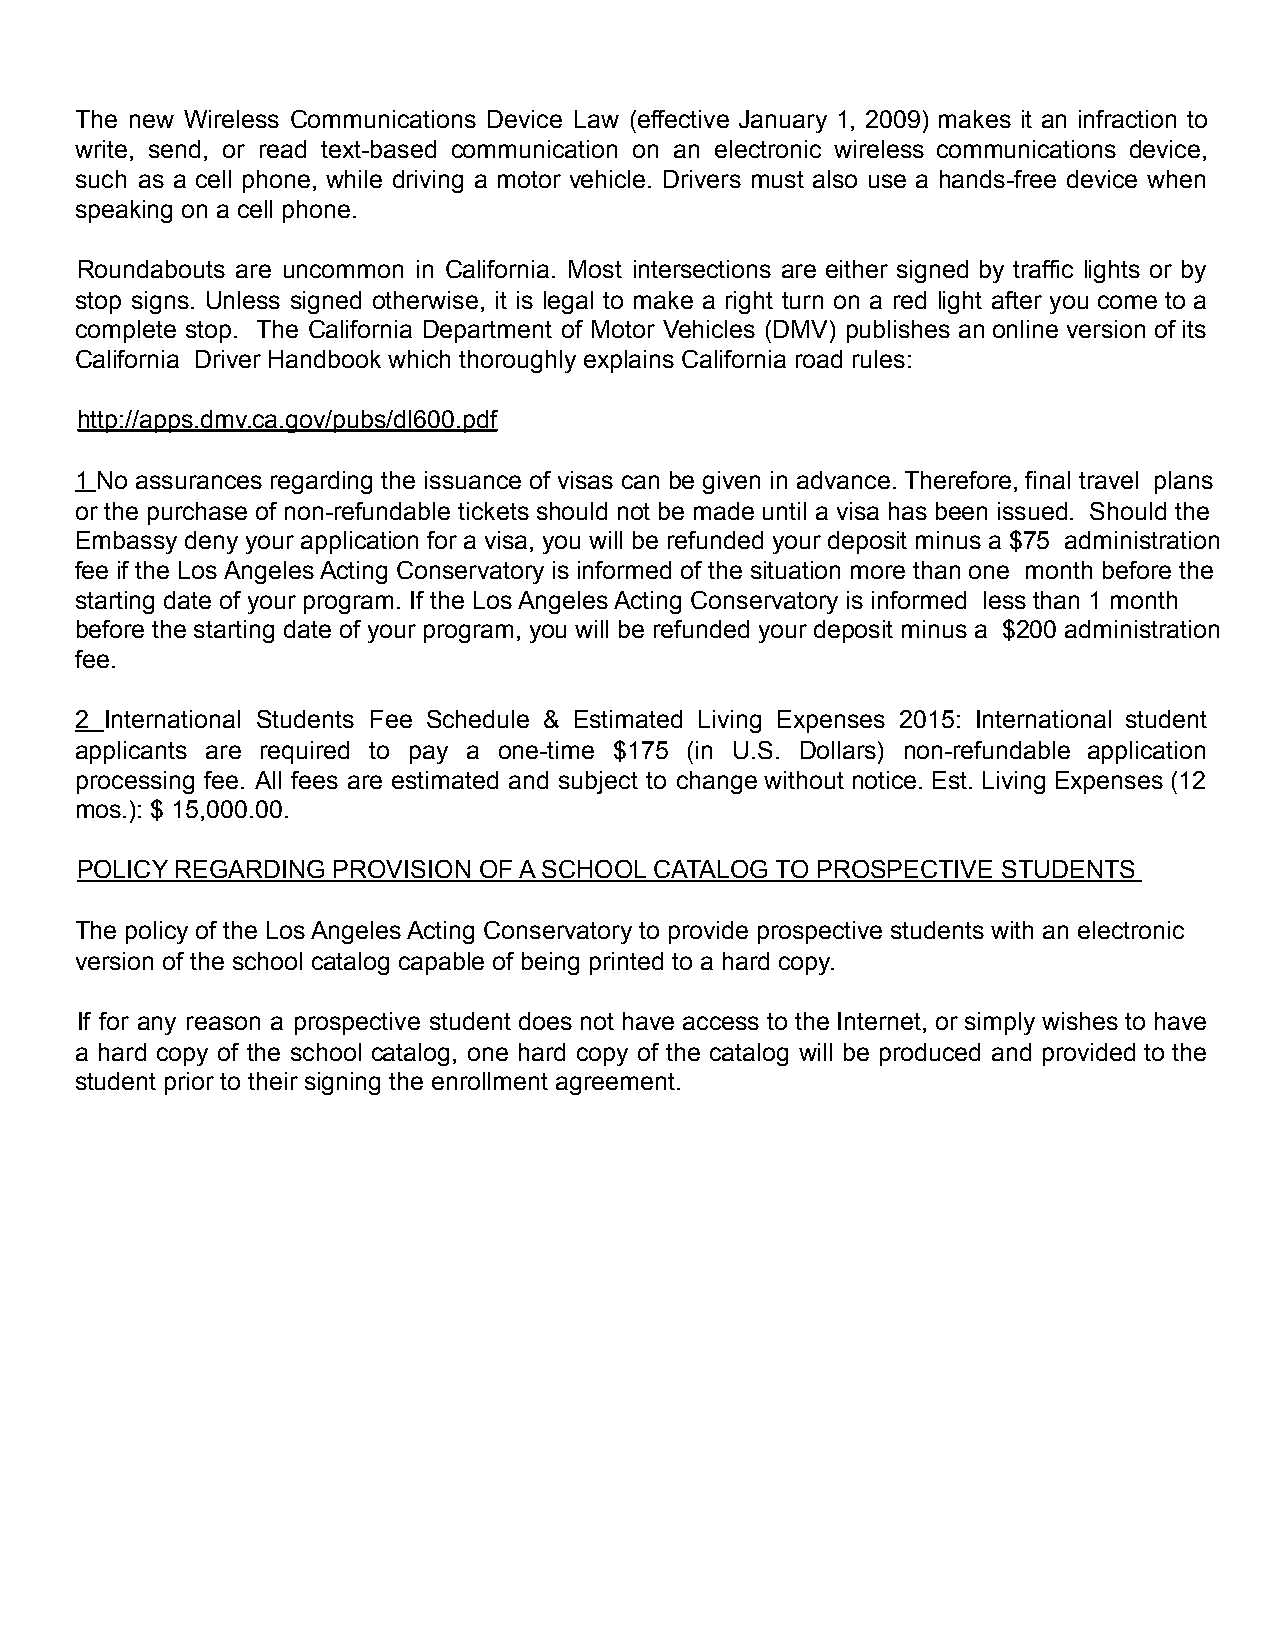
The new Wireless Communications Device Law (effective January 1, 2009) makes it an infraction to
 write, send, or read text-based communication on an electronic wireless communications device,
 such as a cell phone, while driving a motor vehicle. Drivers must also use a hands-free device when
 speaking on a cell phone.
 Roundabouts are uncommon in California. Most intersections are either signed by traffic lights or by
 stop signs. Unless signed otherwise, it is legal to make a right turn on a red light after you come to a
 complete stop. The California Department of Motor Vehicles (DMV) publishes an online version of its
 California Driver Handbook which thoroughly explains California road rules:
 http://apps.dmv.ca.gov/pubs/dl600.pdf
 1 No assurances regarding the issuance of visas can be given in advance. Therefore, final travel plans
 or the purchase of non-refundable tickets should not be made until a visa has been issued. Should the
 Embassy deny your application for a visa, you will be refunded your deposit minus a $75 administration
 fee if the Los Angeles Acting Conservatory is informed of the situation more than one month before the
 starting date of your program. If the Los Angeles Acting Conservatory is informed less than 1 month
 before the starting date of your program, you will be refunded your deposit minus a $200 administration
 fee.
 2 International Students Fee Schedule & Estimated Living Expenses 2015: International student
 applicants are required to pay a one-time $175 (in U.S. Dollars) non-refundable application
 processing fee. All fees are estimated and subject to change without notice. Est. Living Expenses (12
 mos.): $ 15,000.00.
 POLICY REGARDING PROVISION OF A SCHOOL CATALOG TO PROSPECTIVE STUDENTS
 The policy of the Los Angeles Acting Conservatory to provide prospective students with an electronic
 version of the school catalog capable of being printed to a hard copy.
 If for any reason a prospective student does not have access to the Internet, or simply wishes to have
 a hard copy of the school catalog, one hard copy of the catalog will be produced and provided to the
 student prior to their signing the enrollment agreement.